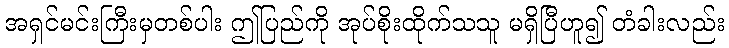
အရှင်မင်းကြီးမှတစ်ပါး ဤပြည်ကို အုပ်စိုးထိုက်သသူ မရှိပြီဟူ၍ တံခါးလည်း